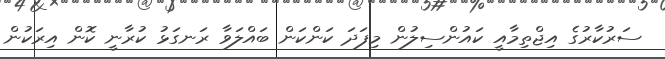
ސަރުކާރުގެ އިޖްތިމާއީ ކައުންސިލުން މިފަދަ ކަންކަން ބައްލަވާ ރަނގަޅު ކުރާނީ ކޮން އިރަކުން